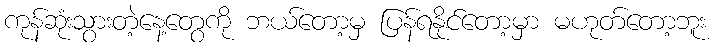
ကုန်ဆုံးသွားတဲ့နေ့တွေကို ဘယ်တော့မှ ပြန်ရနိုင်တော့မှာ မဟုတ်တော့ဘူး